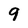
Character: 9